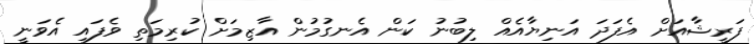
ފަރީޝާއަށް އެފަދަ އަނިޔާއެއް ލިބުނު ކަން އެނގުމުން އާޒިމަށް ކުރިމަތި ވެފައި އެވަނީ